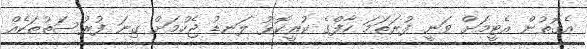
އެގޮތުން އެޓީމަށް ވަނީ ފުރަތަމަ ހާފްގެ ކުރީކޮޅު ލަނޑު ޖެހުމަށް ގިނަ ފުރުސަތުތަކެއް